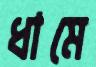
ধামে